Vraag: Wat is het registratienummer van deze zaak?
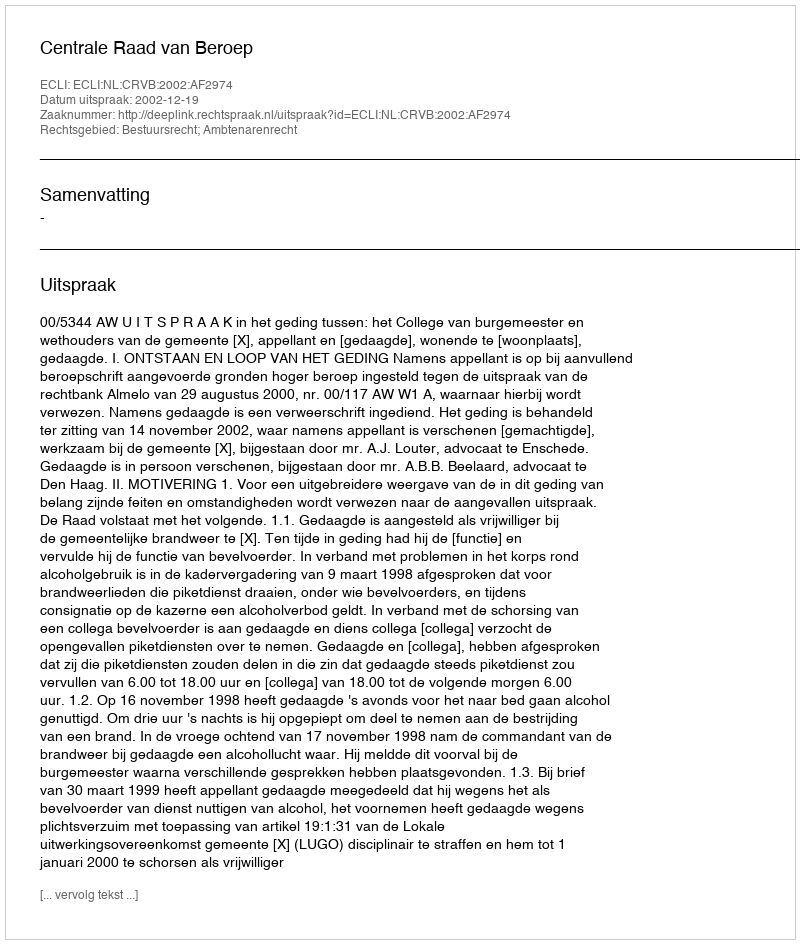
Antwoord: http://deeplink.rechtspraak.nl/uitspraak?id=ECLI:NL:CRVB:2002:AF2974